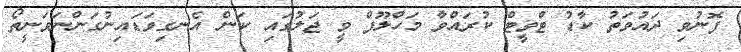
ފޮނުވި ދައުވަތު ކާޑު ޓްވީޓް ކުރައްވާ މަހްލޫފް ވީ ޖަލުގައި ކަން އެނގިވަޑައިނުގަންނަވަނީތޯ